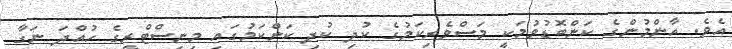
އެވެ. އާންމުންގެ ކަންބޮޑުވުމަކީ މަސްވެރިކަމުގެ ކުދި ކުދި ކަންކަމުގައި މިނިސްޓްރީގެ ހުއްދަ ނަގާ